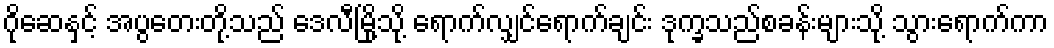
ဂိုဆေနှင့် အပွတေးတို့သည် ဒေလီမြို့သို့ ရောက်လျှင်ရောက်ချင်း ဒုက္ခသည်စခန်းများသို့ သွားရောက်ကာ